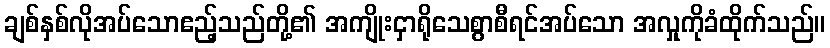
ချစ်နှစ်လိုအပ်သောဧည့်သည်တို့၏ အကျိုးငှာရိုသေစွာစီရင်အပ်သော အလှုကိုခံထိုက်သည်။